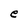
Character: e